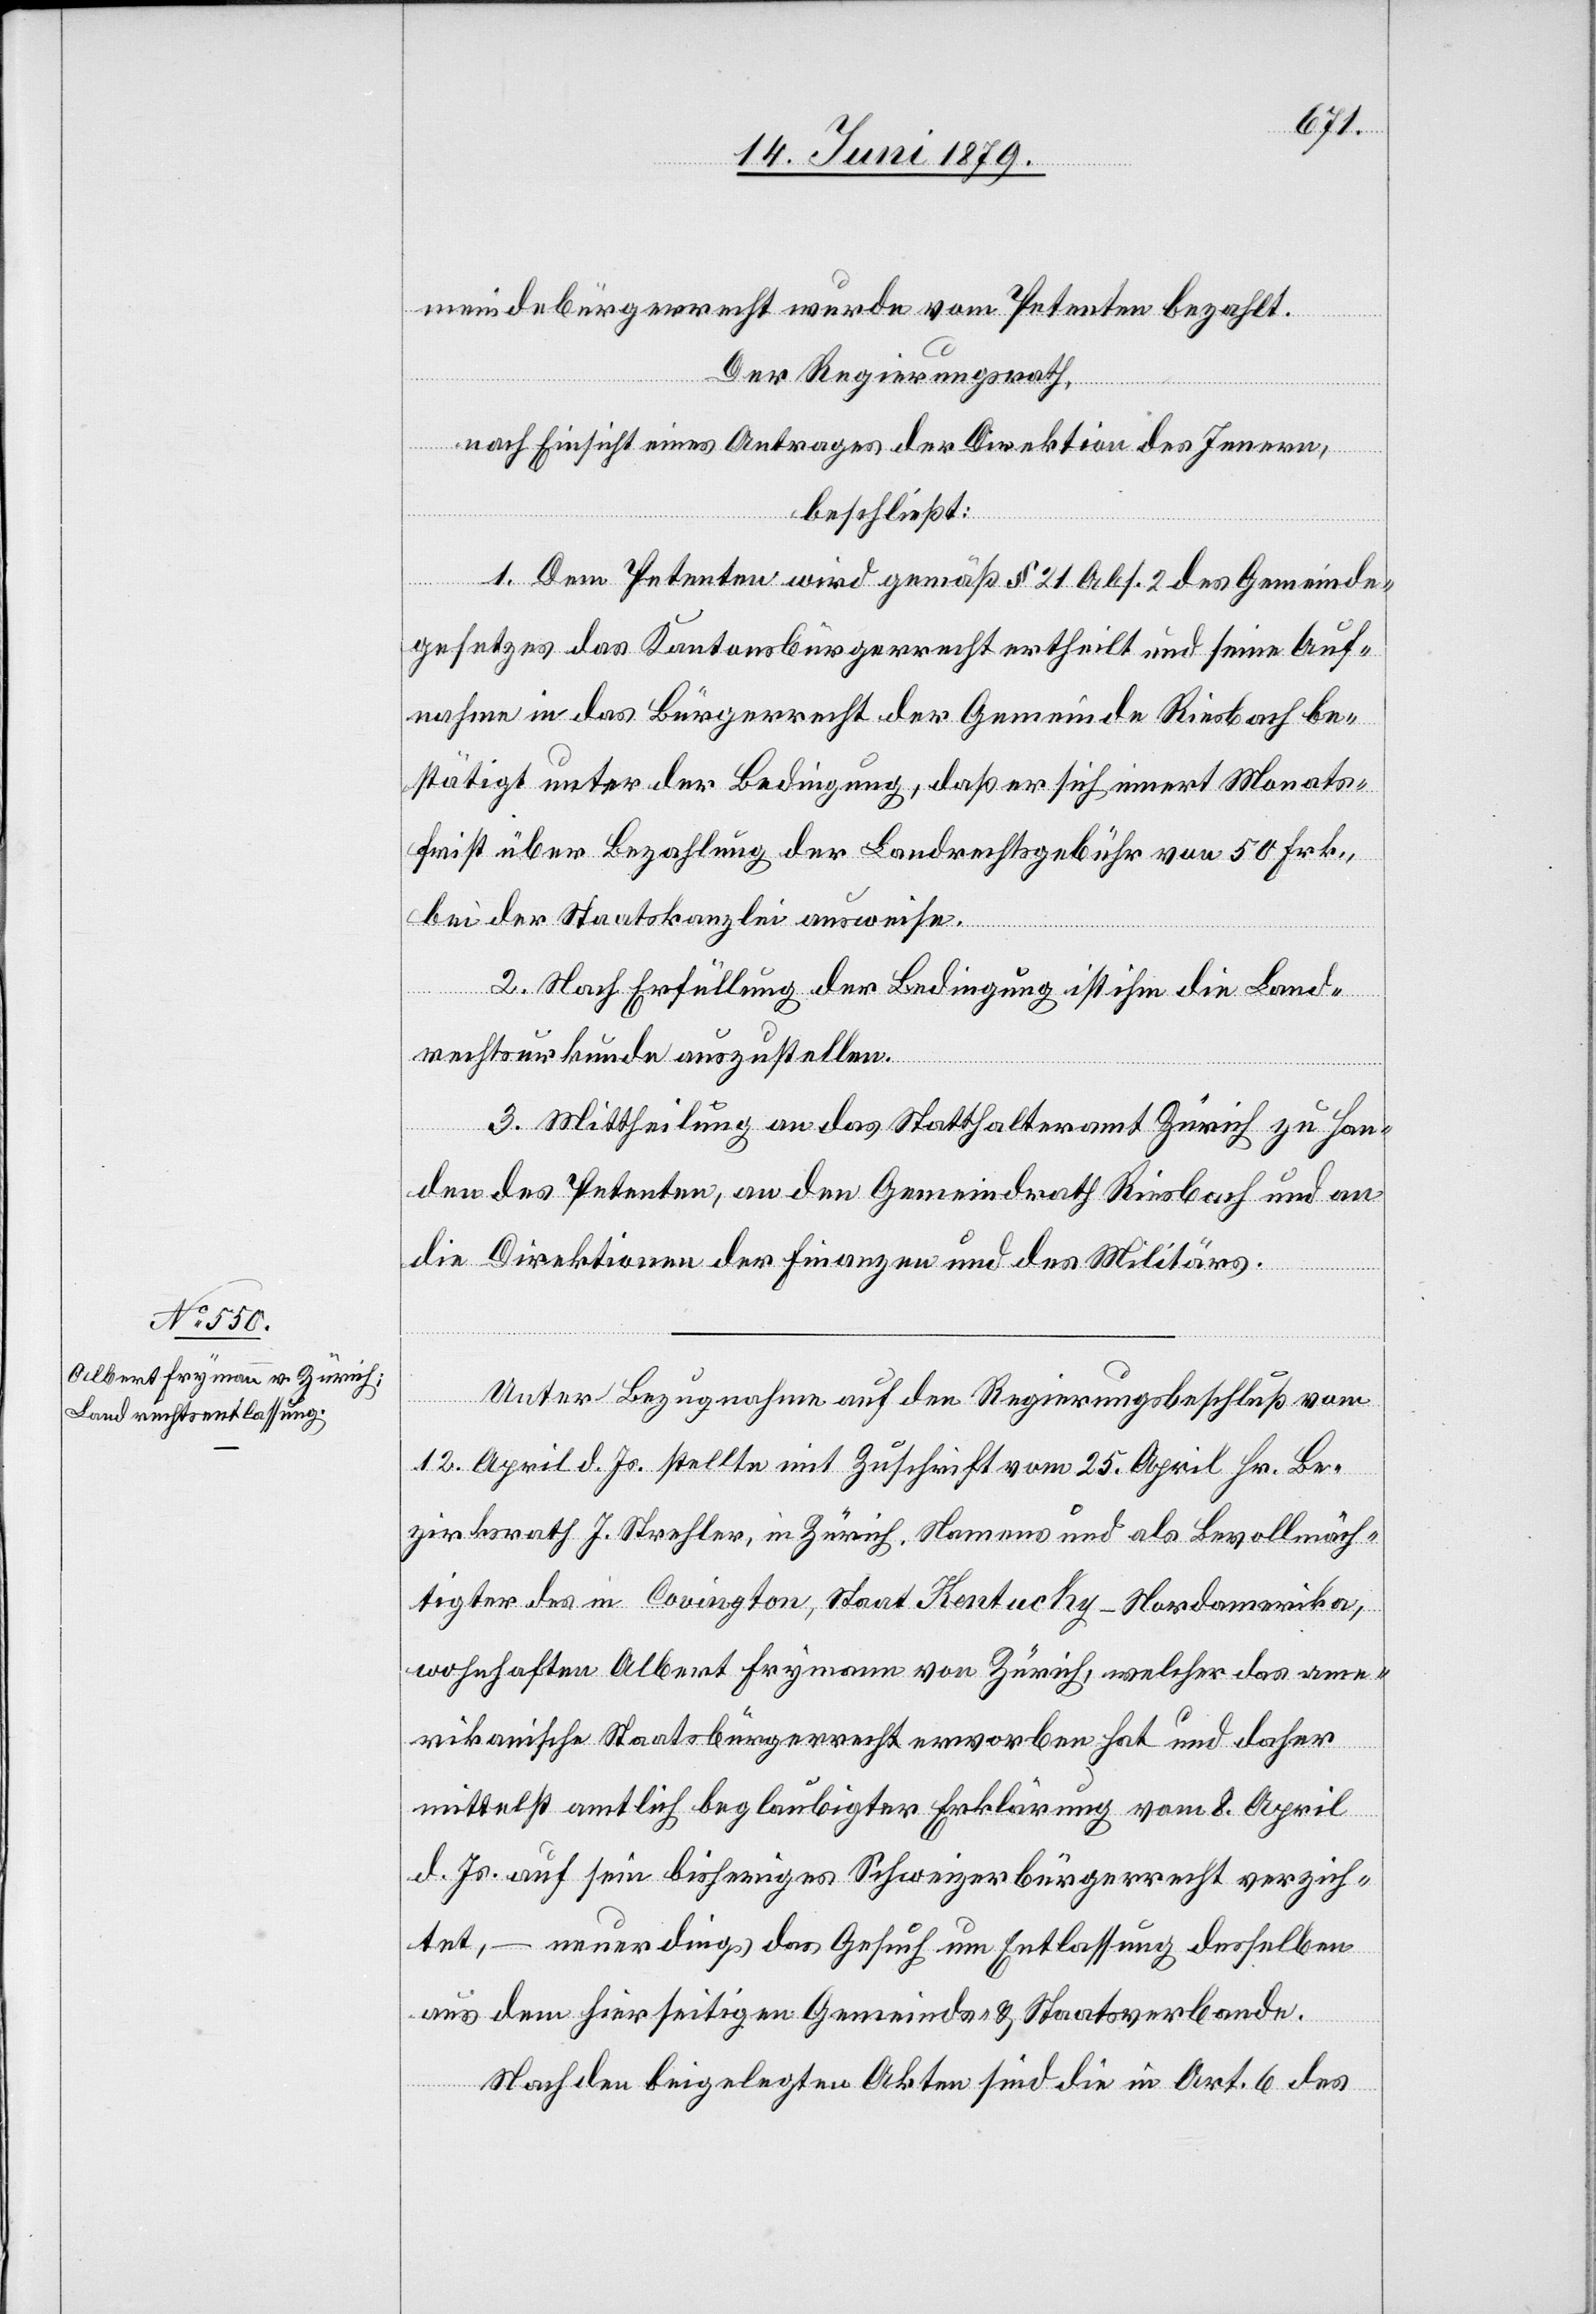
meindebürgerrecht wurde vom Petenten bezahlt.
Der Regierungsrath,
nach Einsicht eines Antrages der Direktion des Innern,
beschließt:
1. Dem Petenten wird gemäß § 21 Abs. 2 des Gemeinde¬
gesetzes das Kantonsbürgerrecht ertheilt und seine Auf¬
nahme in das Bürgerrecht der Gemeinde Riesbach be¬
stätigt unter der Bedingung, daß er sich innert Monats¬
first über Bezahlung der Landrechtsgebühr von 50 Frk.,
bei der Staatskanzlei ausweise.
2. Nach Erfüllung der Bedingung ist ihm die Land¬
rechtsurkunde auszustellen.
3. Mittheilung an das Statthalteramt Zürich zu Han¬
den des Petenten, an den Gemeindrath Riesbach und an
die Direktionen der Finanzen und des Militärs.
Unter Bezugnahme auf den Regierungsbeschluß vom
12. April d. Js. stellte mit Zuschrift vom 25. April Hr. Be¬
zirksrath J. Strehler, in Zürich, Namens und als Bevollmäch¬
tigter des in Covington, Staats Kentucky - Nordamerika,
wohnhaften Albert Frymann von Zürich, welcher das ame¬
rikanische Staatsbürgerrecht erworben hat und daher
mittelst amtlich beglaubigter Erklärung vom 8. April
d. Js. auf sein bisheriges Schweizerbürgerrecht verzich¬
tet, – neuerdings das Gesuch um Entlassung desselben
aus dem hierseitigen Gemeinds- & Staatsverbande.
Nach den beigelegten Akten sind die in Art. 6 des